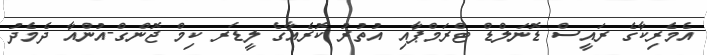
އެމެރިކާގެ ރައީސް ޑޮނަލްޑް ޓްރަމްޕާއި އުތުރު ކޮރެއާގެ ލީޑަރ ކިމް ޖޮންގް-އުންއާ ދެމެދު